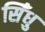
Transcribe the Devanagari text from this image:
सिँधु